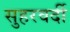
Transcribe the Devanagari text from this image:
सुहरवर्दी